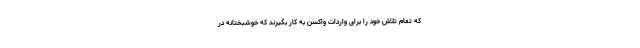
که تمام تلاش خود را برای واردات واکسن به کار بگیرند که خوشبختانه در